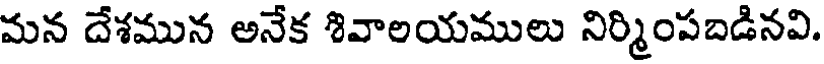
మన దేశమున అనేక శివాలయములు నిర్మింపబడినవి.